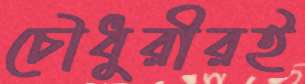
চৌধুরীরই